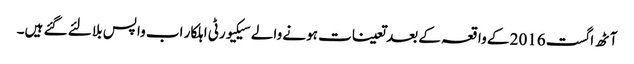
آٹھ اگست 2016 کے واقعہ کے بعد تعینات ہونے والے سیکیورٹی اہلکار اب واپس بلا لئے گئے ہیں۔